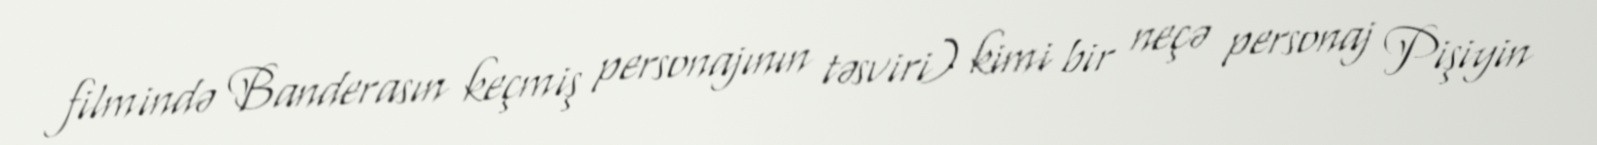
filmində Banderasın keçmiş personajının təsviri) kimi bir neçə personaj Pişiyin